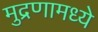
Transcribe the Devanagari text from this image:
मुद्रणामध्ये